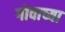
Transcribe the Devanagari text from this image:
गोवाच्या